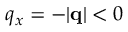
q _ { x } = - | \mathbf { q } | < 0